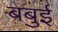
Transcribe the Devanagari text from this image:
बबुई